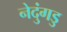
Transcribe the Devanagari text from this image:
नेदुंगडु